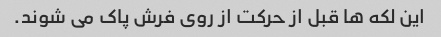
این لکه ها قبل از حرکت از روی فرش پاک می شوند.